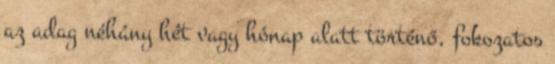
az adag néhány hét vagy hónap alatt történő, fokozatos